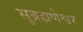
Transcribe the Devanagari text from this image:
सुब्रह्मणेश्वर